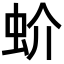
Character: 蚧